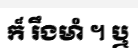
ក៏ រឹងមាំ ។ ឬ